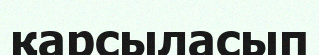
қарсыласып